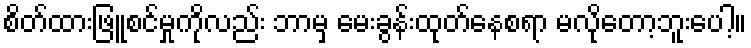
စိတ်ထားဖြူစင်မှုကိုလည်း ဘာမှ မေးခွန်းထုတ်နေစရာ မလိုတော့ဘူးပေါ့။